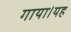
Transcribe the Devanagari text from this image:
गाया।यह